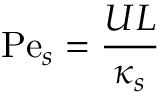
\mathrm { P e } _ { s } = \frac { U L } { \kappa _ { s } }